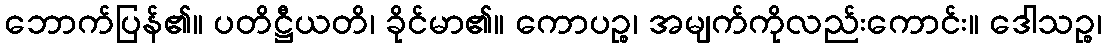
ဘောက်ပြန်၏။ ပတိဋ္ဌီယတိ၊ ခိုင်မာ၏။ ကောပဉ္စ၊ အမျက်ကိုလည်းကောင်း။ ဒေါသဉ္စ၊